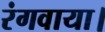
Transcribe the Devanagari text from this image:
रंगवाया।